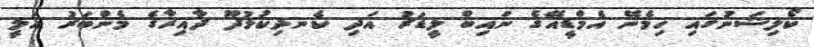
ކޯލިޝަނުގައި ހިމެނޭ އެމްޑީއޭގެ ނައިބް ލީޑަރު އަދި ކެނދިކުޅުދޫ ދާއިރާގެ މެންބަރު އަލީ